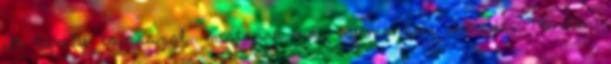
itt tavaly tavasszal, mostanra már nyoma sem maradt. Minden